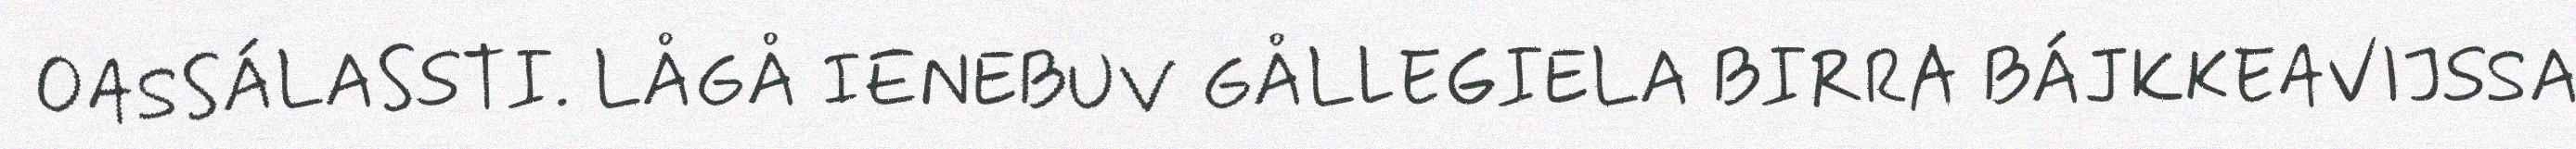
OASSÁLASSTI. LÅGÅ IENEBUV GÅLLEGIELA BIRRA BÁJKKEAVIJSSA